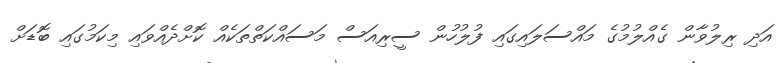
އަދި ރިލުވާން ގެއްލުމުގެ މައްސަލައިގައި ފުލުހުން ސީރިއަސް މަސައްކަތްތަކެއް ކޮށްދެއްވައި މިކަމުގައި ބޮޑަށް